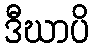
ဒီဃာပိ